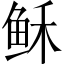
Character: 稣